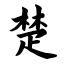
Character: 楚